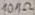
Text: 10MΩ